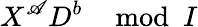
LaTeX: X^{\mathscr{A}}D^{b}\mod{I}